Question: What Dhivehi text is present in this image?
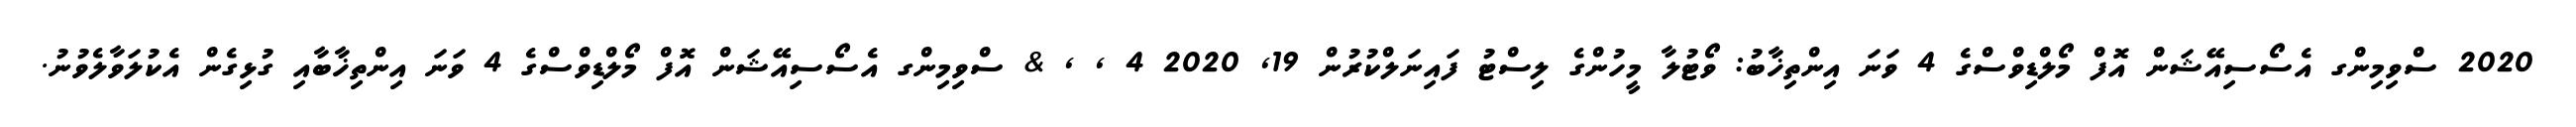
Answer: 2020 ސްވިމިންގ އެސޯސިއޭޝަން އޮފް މޯލްޑިވްސްގެ 4 ވަނަ އިންތިޚާބު: ވޯޓުލާ މީހުންގެ ލިސްޓު ފައިނަލްކުރުން 19, 2020 4 , , & ސްވިމިންގ އެސޯސިއޭޝަން އޮފް މޯލްޑިވްސްގެ 4 ވަނަ އިންތިޚާބާއި ގުޅިގެން އެކުލަވާލެވުނު.